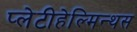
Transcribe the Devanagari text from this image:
प्लेटीहेल्मिन्थस